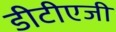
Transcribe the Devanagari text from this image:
डीटीएजी